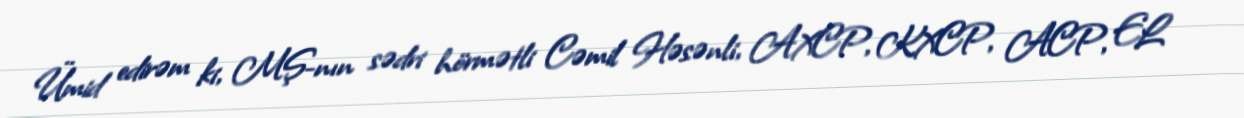
Ümid edirəm ki, MŞ-nın sədri hörmətli Cəmil Həsənli, AXCP, KXCP, ACP, EL